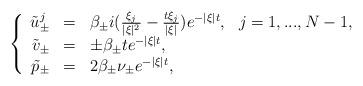
LaTeX: \begin{align*} \left\{\begin{array}{rcll}\tilde{u}_\pm^j & = & \beta_\pm i (\frac{\xi_j}{|\xi|^2} - \frac{t \xi_j}{|\xi|}) e^{-|\xi| t}, & j = 1,...,N-1, \\\tilde{v}_\pm & = & \pm \beta_\pm t e^{-|\xi| t}, \\\tilde{p}_\pm & = & 2 \beta_\pm \nu_\pm e^{-|\xi| t}, \end{array}\right.\end{align*}